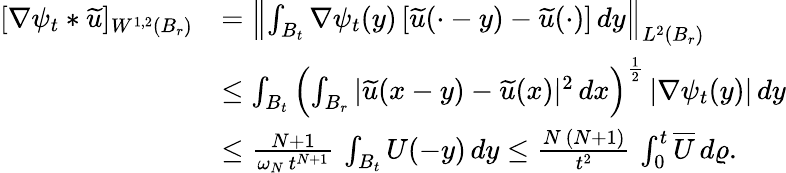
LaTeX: \begin{array}{rl}{[\nabla\psi_{t}\ast\widetilde{u}]_{W^{1,2}(B_{r})}}&{=\left\| \int_{B_{t}}\nabla\psi_{t}(y)\, [\widetilde{u}(\cdot-y)-\widetilde{u}(\cdot)]\, dy\right\| _{L^{2}(B_{r})}}\\ &{\le\int_{B_{t}}\left(\int_{B_{r}}|\widetilde{u}(x-y)-\widetilde{u}(x)|^{2}\, dx\right)^{\frac{1}{2}}\, |\nabla\psi_{t}(y)|\, dy}\\ &{\le\frac{N+1}{\omega_{N}\, t^{N+1}}\, \int_{B_{t}}U(-y)\, dy\le\frac{N\, (N+1)}{t^{2}}\, \int_{0}^{t}\overline{{U}}\, d\varrho.}\end{array}